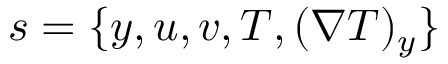
s = \{ y , u , v , T , ( \nabla T ) _ { y } \}